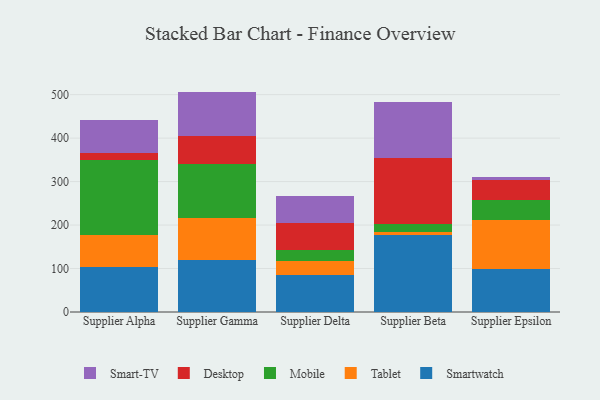
{"axis": {"x": "Supplier", "y": "Backlog"}, "legend": ["Desktop", "Mobile", "Smart-TV", "Smartwatch", "Tablet"], "data": [{"x": "Supplier Alpha", "y": 103.1, "type": "Smartwatch"}, {"x": "Supplier Alpha", "y": 74.8, "type": "Tablet"}, {"x": "Supplier Alpha", "y": 172.4, "type": "Mobile"}, {"x": "Supplier Alpha", "y": 16.2, "type": "Desktop"}, {"x": "Supplier Alpha", "y": 75.8, "type": "Smart-TV"}, {"x": "Supplier Gamma", "y": 119.2, "type": "Smartwatch"}, {"x": "Supplier Gamma", "y": 96.2, "type": "Tablet"}, {"x": "Supplier Gamma", "y": 124.0, "type": "Mobile"}, {"x": "Supplier Gamma", "y": 66.6, "type": "Desktop"}, {"x": "Supplier Gamma", "y": 101.0, "type": "Smart-TV"}, {"x": "Supplier Delta", "y": 85.8, "type": "Smartwatch"}, {"x": "Supplier Delta", "y": 31.9, "type": "Tablet"}, {"x": "Supplier Delta", "y": 25.9, "type": "Mobile"}, {"x": "Supplier Delta", "y": 60.6, "type": "Desktop"}, {"x": "Supplier Delta", "y": 62.5, "type": "Smart-TV"}, {"x": "Supplier Beta", "y": 176.7, "type": "Smartwatch"}, {"x": "Supplier Beta", "y": 8.1, "type": "Tablet"}, {"x": "Supplier Beta", "y": 18.4, "type": "Mobile"}, {"x": "Supplier Beta", "y": 150.2, "type": "Desktop"}, {"x": "Supplier Beta", "y": 130.6, "type": "Smart-TV"}, {"x": "Supplier Epsilon", "y": 99.3, "type": "Smartwatch"}, {"x": "Supplier Epsilon", "y": 112.5, "type": "Tablet"}, {"x": "Supplier Epsilon", "y": 45.6, "type": "Mobile"}, {"x": "Supplier Epsilon", "y": 45.9, "type": "Desktop"}, {"x": "Supplier Epsilon", "y": 8.2, "type": "Smart-TV"}]}